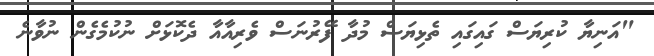
"އަނިޔާ ކުރިޔަސް ގައިގައި ތެޅިޔަސް މުދާ ފޭރުނަސް ވެރިއާއާ ދެކޮޅަށް ނުކުމެގެން ނުވާނެ